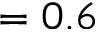
= 0 . 6